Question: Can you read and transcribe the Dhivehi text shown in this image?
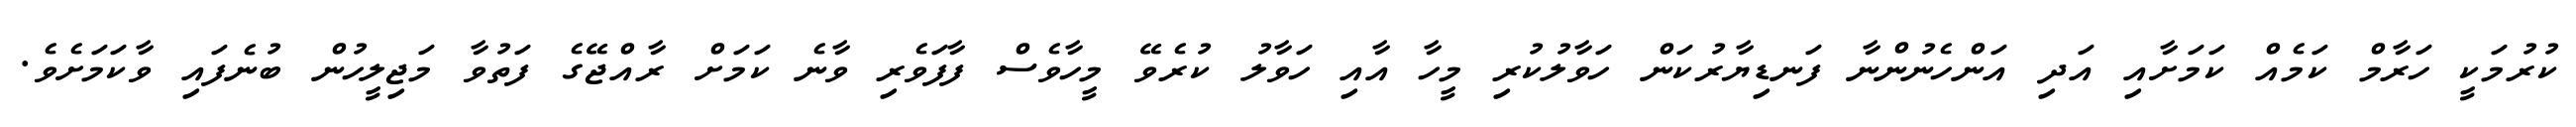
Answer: ކުރުމަކީ ހަރާމް ކަމެއް ކަމަށާއި އަދި އަންހެނުންނާ ފަނޑިޔާރުކަން ހަވާލުކުރި މީހާ އާއި ހަވާލު ކުރެވޭ މީހާވެސް ފާފަވެރި ވާނެ ކަމަށް ރާއްޖޭގެ ފަތުވާ މަޖިލީހުން ބުނެފައި ވާކަމަށެވެ.